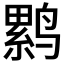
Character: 𲎃